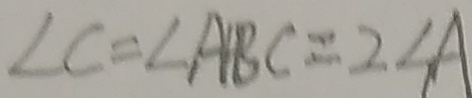
\angle C = \angle A B C = 2 \angle A